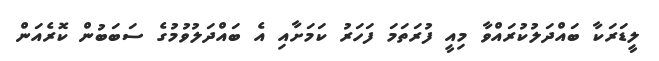
ލީޑަރަކާ ބައްދަލުކުރައްވާ މިއީ ފުރަތަމަ ފަހަރު ކަމަށާއި އެ ބައްދަލުވުމުގެ ސަބަބުން ކޮރެއަން